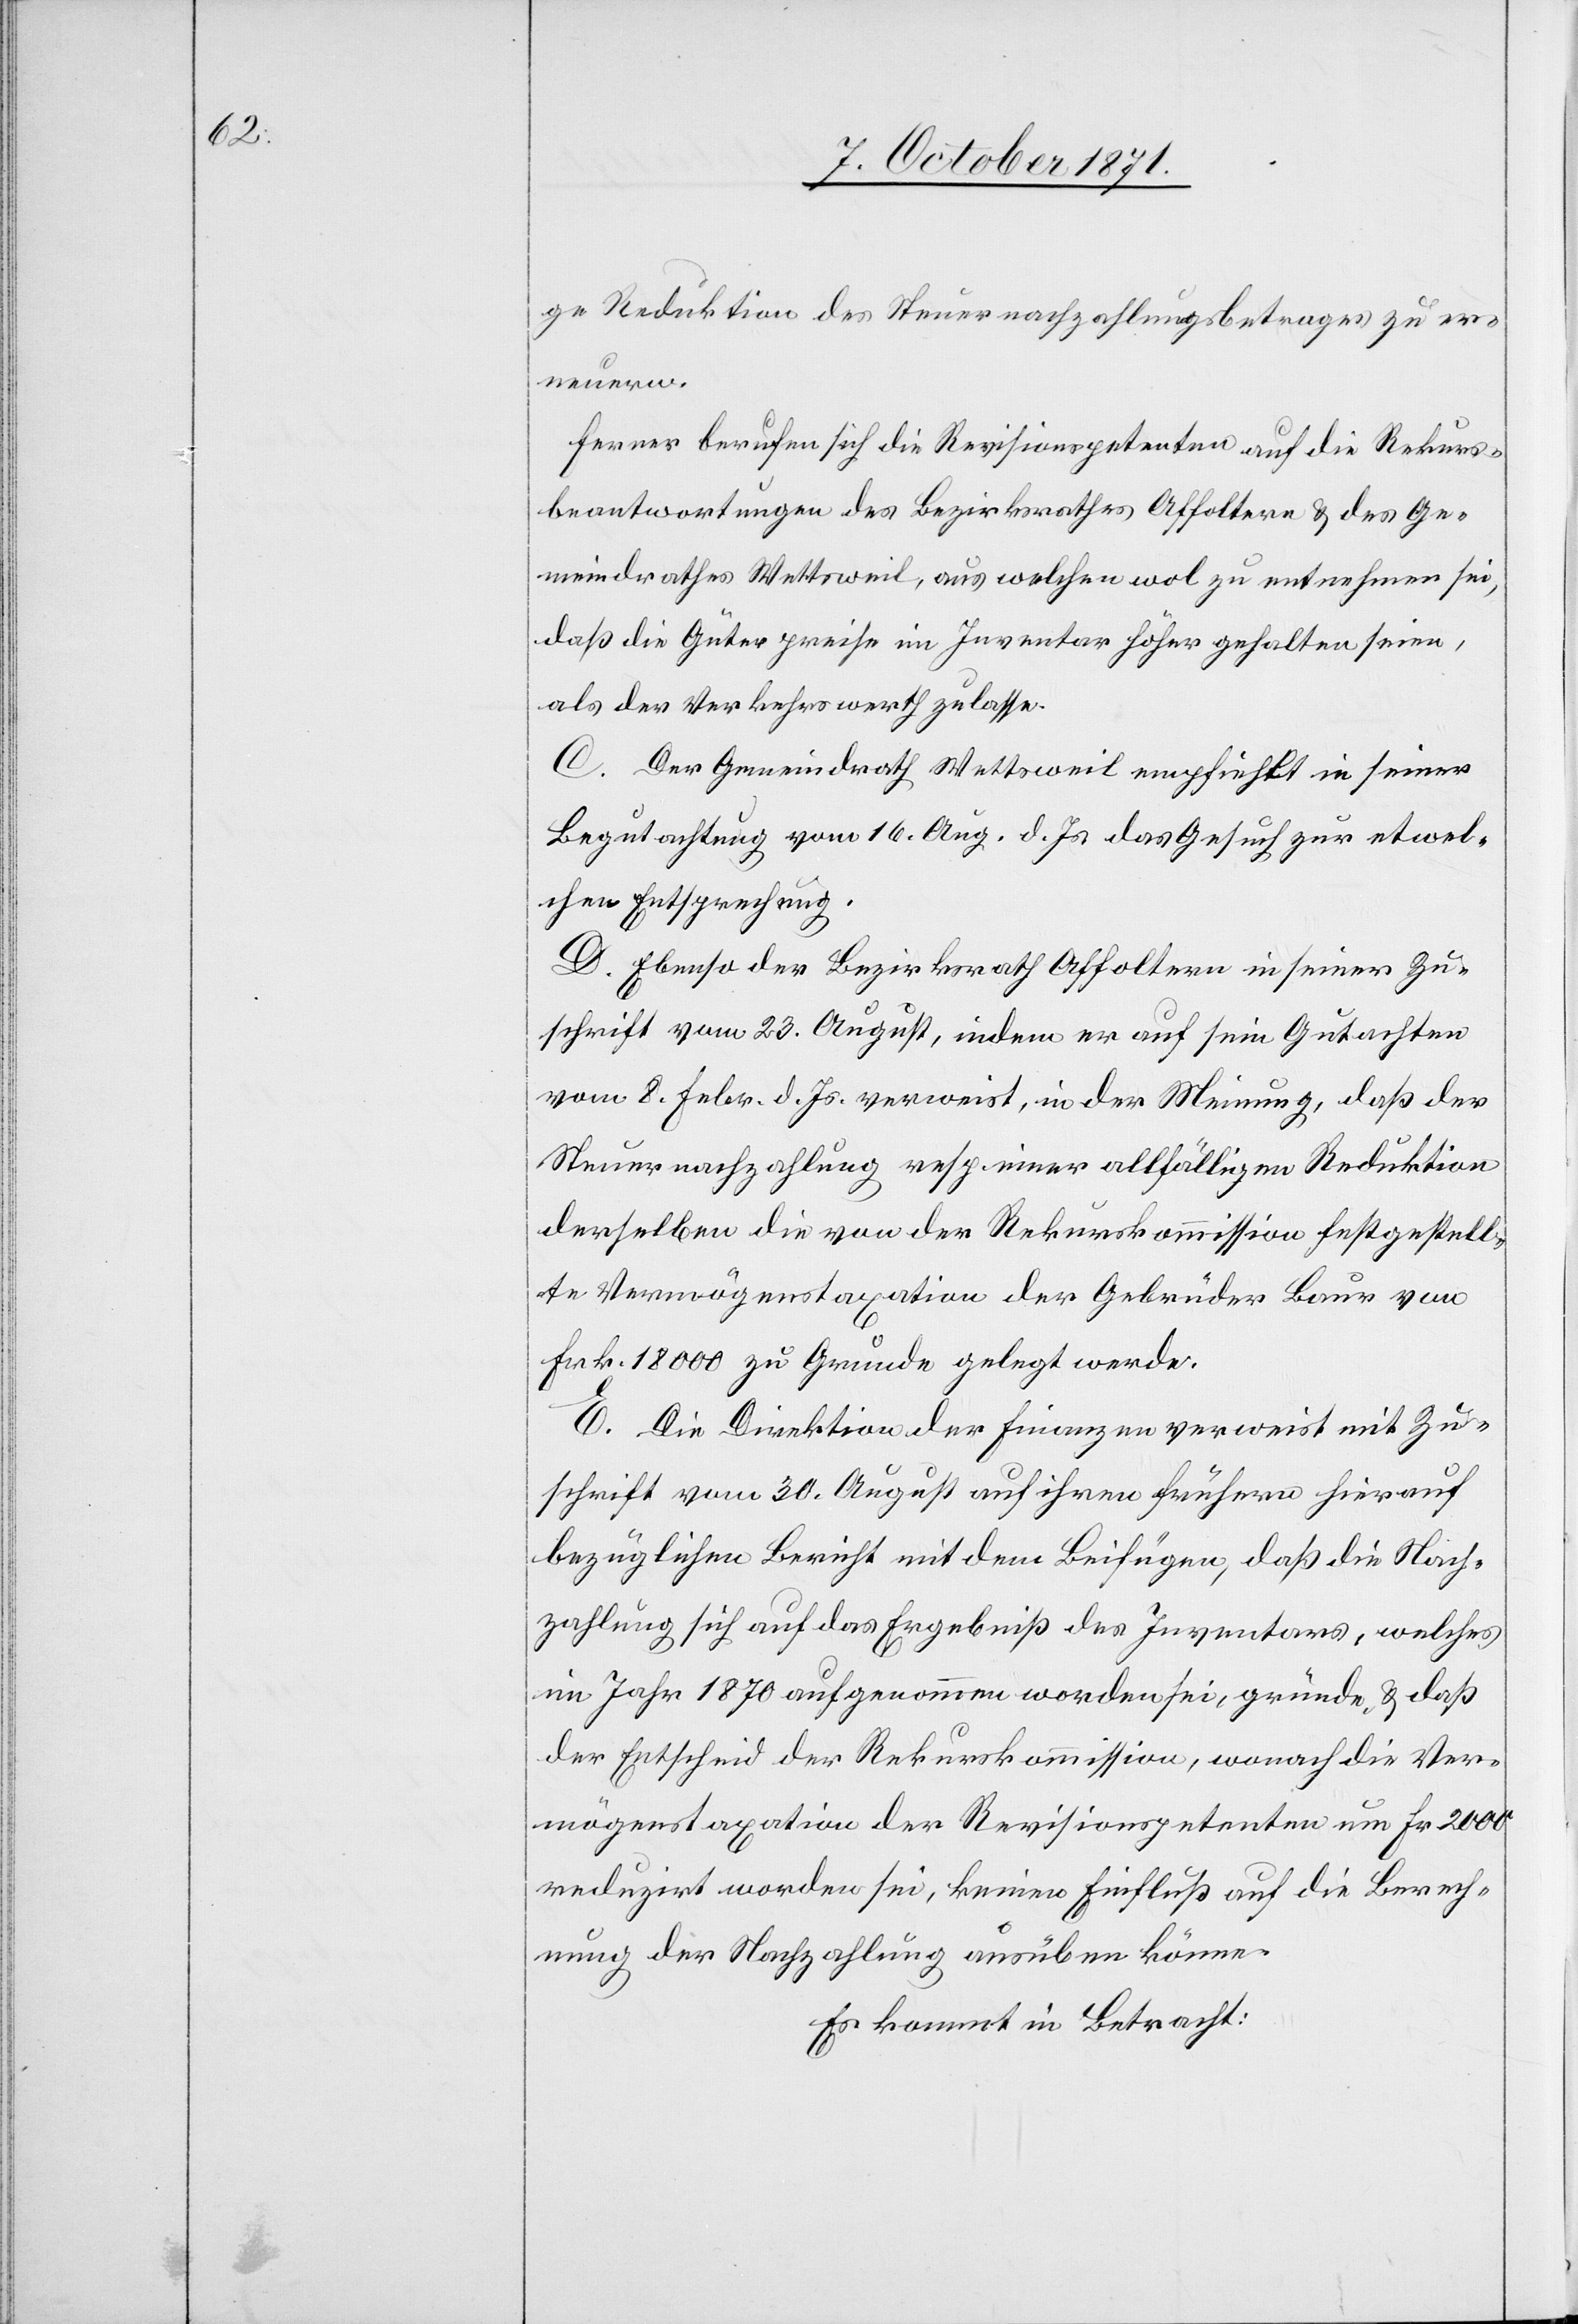
ge Reduktion des Steuernachzahlungsbetrages zu er¬
neuern.
Ferner berufen sich die Revisionspetenten auf die Rekurs¬
beantwortungen des Bezirksrathes Affoltern & des Ge¬
meindrathes Wettsweil, aus welchen wol zu entnehmen sei,
daß die Güterpreise im Inventar höher gehalten seien,
als der Verkehrswerth zulasse.
C. Der Gemeindrath Wettsweil empfiehlt in seiner
Begutachtung vom 16. Aug. d. Js. das Gesuch zur etwel¬
chen Entsprechung.
D. Ebenso der Bezirksrath Affoltern in seiner Zu¬
schrift vom 23. August, indem er auf sein Gutachten
vom 8. Feb. d. Js. verweist, in der Meinung, daß der
Steuernachzahlung resp. einer allfälligen Reduktion
derselben die von der Rekurskommission festgestell¬
te Vermögenstaxation der Gebrüder Baur von
Frk. 18000 zu Grunde gelegt werde.
E. Die Direktion der Finanzen verweist mit Zu¬
schrift vom 30. August auf ihren frühern hierauf
bezüglichen Bericht mit dem Beifügen, daß die Nach¬
zahlung sich auf das Ergebniß des Inventars, welches
im Jahr 1870 aufgenommen worden sei, gründe & daß
der Entscheid der Rekurskommission, wonach die Ver¬
mögenstaxation der Revisionspetenten um Fr. 2000
reduzirt worden sei, keinen Einfluß auf die Berech¬
nung der Nachzahlung ausüben könne.
Es kommt in Betracht: